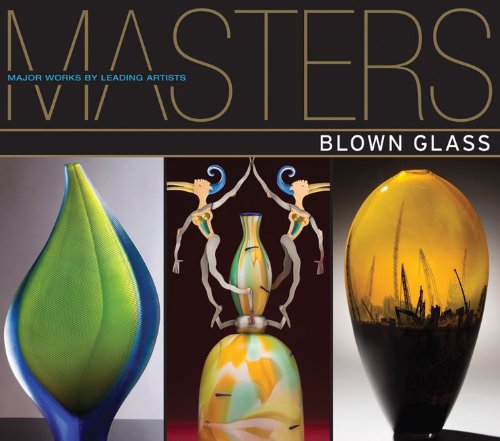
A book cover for Masters: Blown Glass: Major Works by Leading Artists; Ray Hemachandra; Crafts, Hobbies & Home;